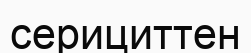
серициттен